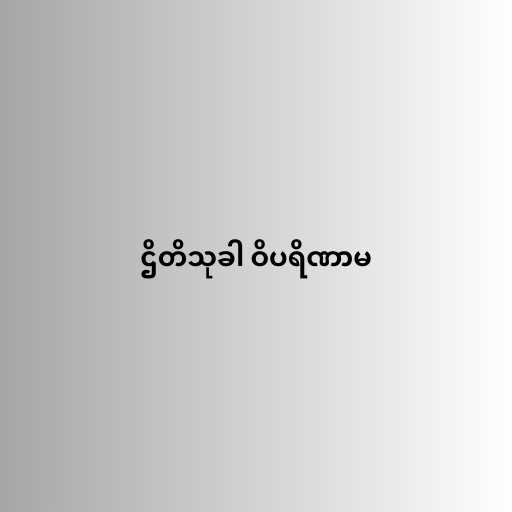
ဌိတိသုခါ ဝိပရိဏာမ